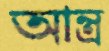
আন্ত্র